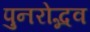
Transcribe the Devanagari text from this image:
पुनरोद्भव